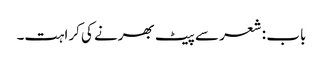
باب : شعر سے پیٹ بھرنے کی کراہت۔